Senior Leaving Certificate Examination (including Day School Certificate (Higher) General paper), 1947
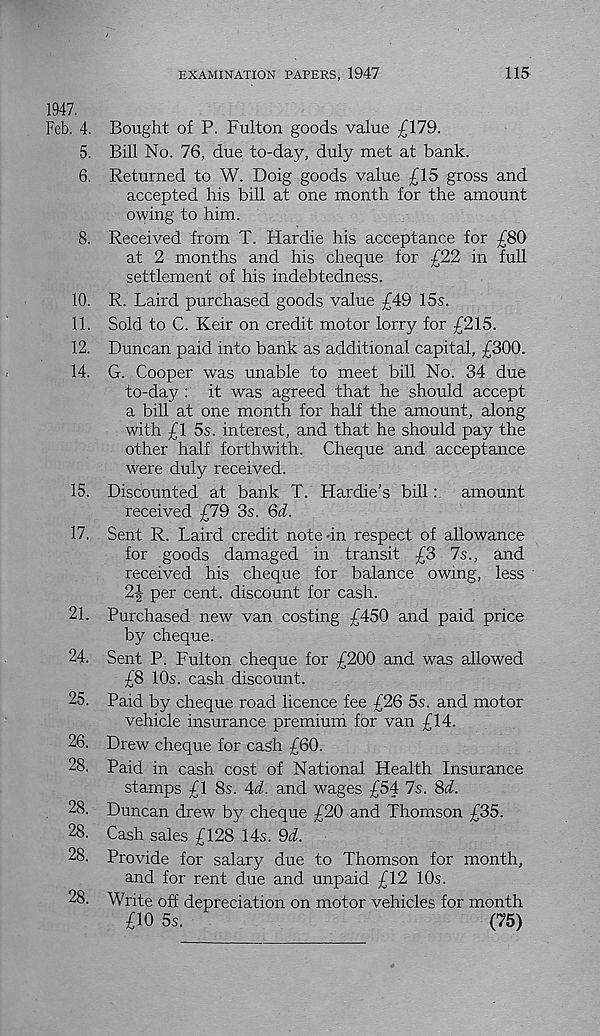
EXAMINATION PAPERS, 1947
115
1947.
Feb. 4. Bought of P. Fulton goods value £179.
5. Bill No. 76, due to-day, duly met at bank.
6. Returned to W. Doig goods value £15 gross and
accepted his bill at one month for the amount
owing to him.
8. Received from T. Hardie his acceptance for £80
at 2 months and his cheque for £22 in full
settlement of his indebtedness.
10. R. Laird purchased goods value £49 15s.
11. Sold to C. Keir on credit motor lorry for £215.
12. Duncan paid into bank as additional capital, £300.
14. G. Cooper was unable to meet bill No. 34 due
to-day: it was agreed that he should accept
a bill at one month for half the amount, along
with £1 5s. interest, and that he should pay the
other half forthwith. Cheque and acceptance
were duly received.
15. Discounted at bank TV Hardie’s bill:
amount
received £79 3s. Qd.
17. Sent R. Laird credit note-in respect of allowance
for goods damaged in transit £3 7s., and
received his cheque for balance owing, less
2J per cent, discount for cash.
21. Purchased new van costing £450 and paid price
by cheque.
24. Sent P. Fulton cheque for £200 and was allowed
£8 10s. cash discount.
25. Paid by cheque road licence fee £26 5s. and motor
vehicle insurance premium for van £14.
26. Drew cheque for cash £60.
28. Paid in cash cost of National Health Insurance
stamps £1 8s. Ad. and wages £54 7s. 8a!.
28. Duncan drew by cheque £20 and Thomson £35.
28. Cash sales £128 14s. 9d.
28. Provide for salary due to Thomson for month,
and for rent due and unpaid £12 10s.
28. Write off depreciation on motor vehicles for month
£10 5s.
(75)